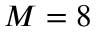
M = 8